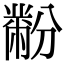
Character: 黺